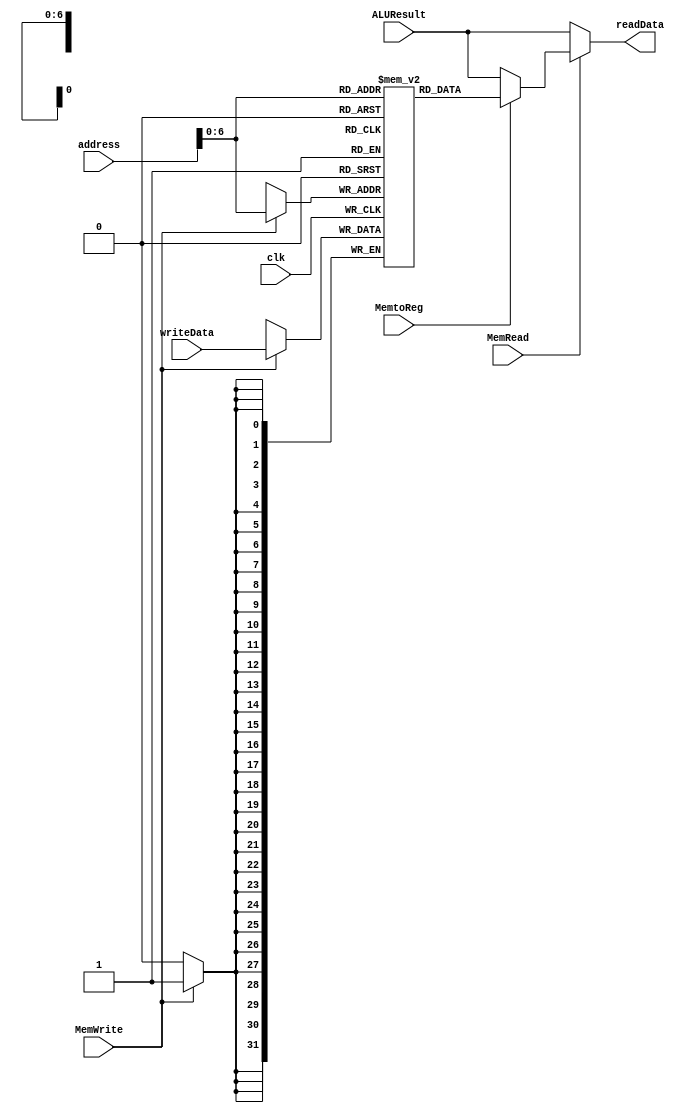
module dataMemory(
    clk, address, writeData, ALUResult, MemWrite, MemRead, MemtoReg, readData
);

input clk;
input [31:0] address, writeData, ALUResult;
input MemWrite, MemRead, MemtoReg;
output reg [31:0] readData;

parameter DATA_MEM_SIZE = 128;
reg [31:0] dataMemory[DATA_MEM_SIZE-1:0];

integer i;
initial begin
    dataMemory[0] = 32'd7;
    for (i = 1; i < DATA_MEM_SIZE; i = i + 1) begin
        dataMemory[i] = 32'b0;
    end
end

// reading from memory

always @(address or MemRead or MemtoReg or ALUResult) begin
    if (MemRead == 1) begin
        if (MemtoReg == 1) begin
            readData = dataMemory[address];
        end else begin
            readData = ALUResult;
        end
    end else begin
        readData = ALUResult;
    end
end

// writing to memory

always @(posedge clk) begin
    if (MemWrite == 1) begin
        dataMemory[address] = writeData;
    end
end

endmodule